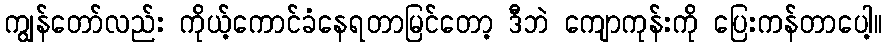
ကျွန်တော်လည်း ကိုယ့်ကောင်ခံနေရတာမြင်တော့ ဒီဘဲ ကျောကုန်းကို ပြေးကန်တာပေါ့။